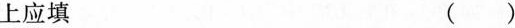
上应填 ( )